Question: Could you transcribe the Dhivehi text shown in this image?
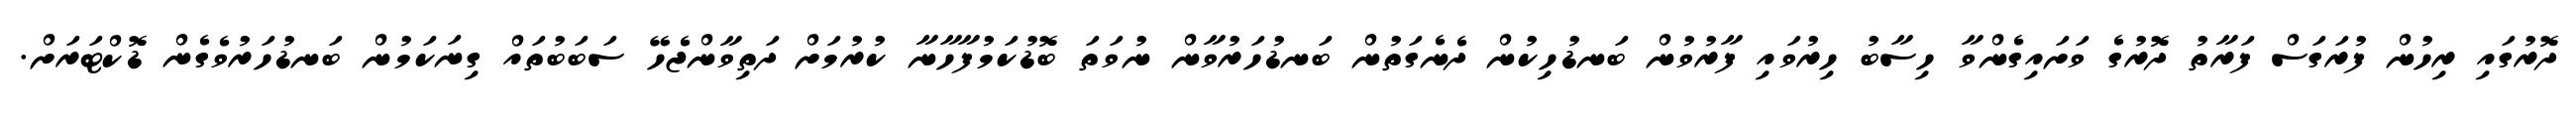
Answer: ދޮރުގައި ރިހުން ފުރަގަސް ފަރާތު ދޮރުގެ ވަށައިގެންވާ ހިސާބު ހިރުވައި ފާރުވުން ބަނޑުހިކުން ދެނެގަތުން ބަނޑުހަރުވާން ނުވަތަ ބޮޑުކަމުފާހާނާ ކުރުމަށް ދަތިވާންޖެހޭ ސަބަބުތައް ގިނަކަމުން ބަނޑުހަރުވެގެން ޑޮކްޓަރަށް.